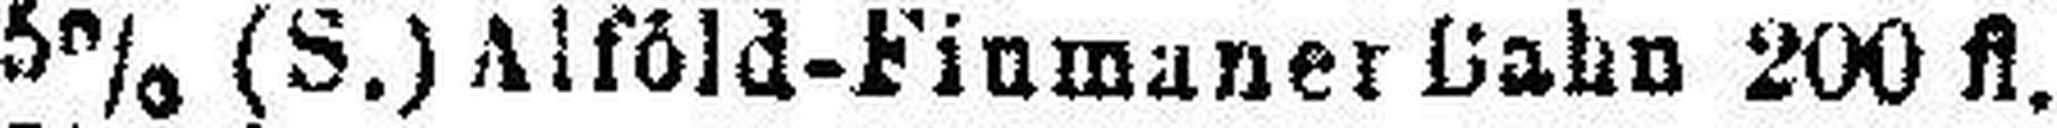
5% (S.) Alföld-Finmaner Bahn 200 fl.